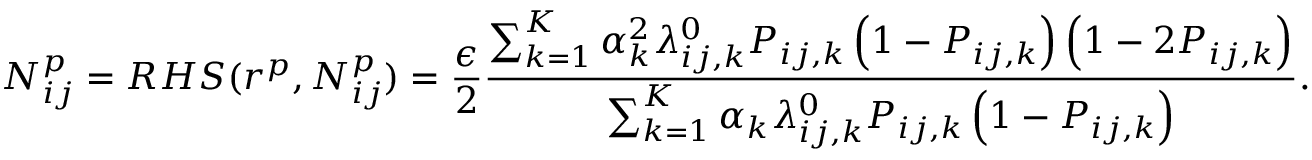
N _ { i j } ^ { p } = R H S ( r ^ { p } , N _ { i j } ^ { p } ) = \frac { \epsilon } { 2 } \frac { \sum _ { k = 1 } ^ { K } \alpha _ { k } ^ { 2 } \lambda _ { i j , k } ^ { 0 } P _ { i j , k } \left( 1 - P _ { i j , k } \right) \left( 1 - 2 P _ { i j , k } \right) } { \sum _ { k = 1 } ^ { K } \alpha _ { k } \lambda _ { i j , k } ^ { 0 } P _ { i j , k } \left( 1 - P _ { i j , k } \right) } .